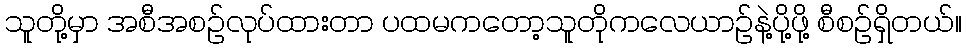
သူတို့မှာ အစီအစဉ်လုပ်ထားတာ ပထမကတော့သူတိုကလေယာဉ်နဲ့ပို့ဖို့ စီစဉ်ရှိတယ်။